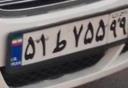
۵۱ط۷۵۵۹۹